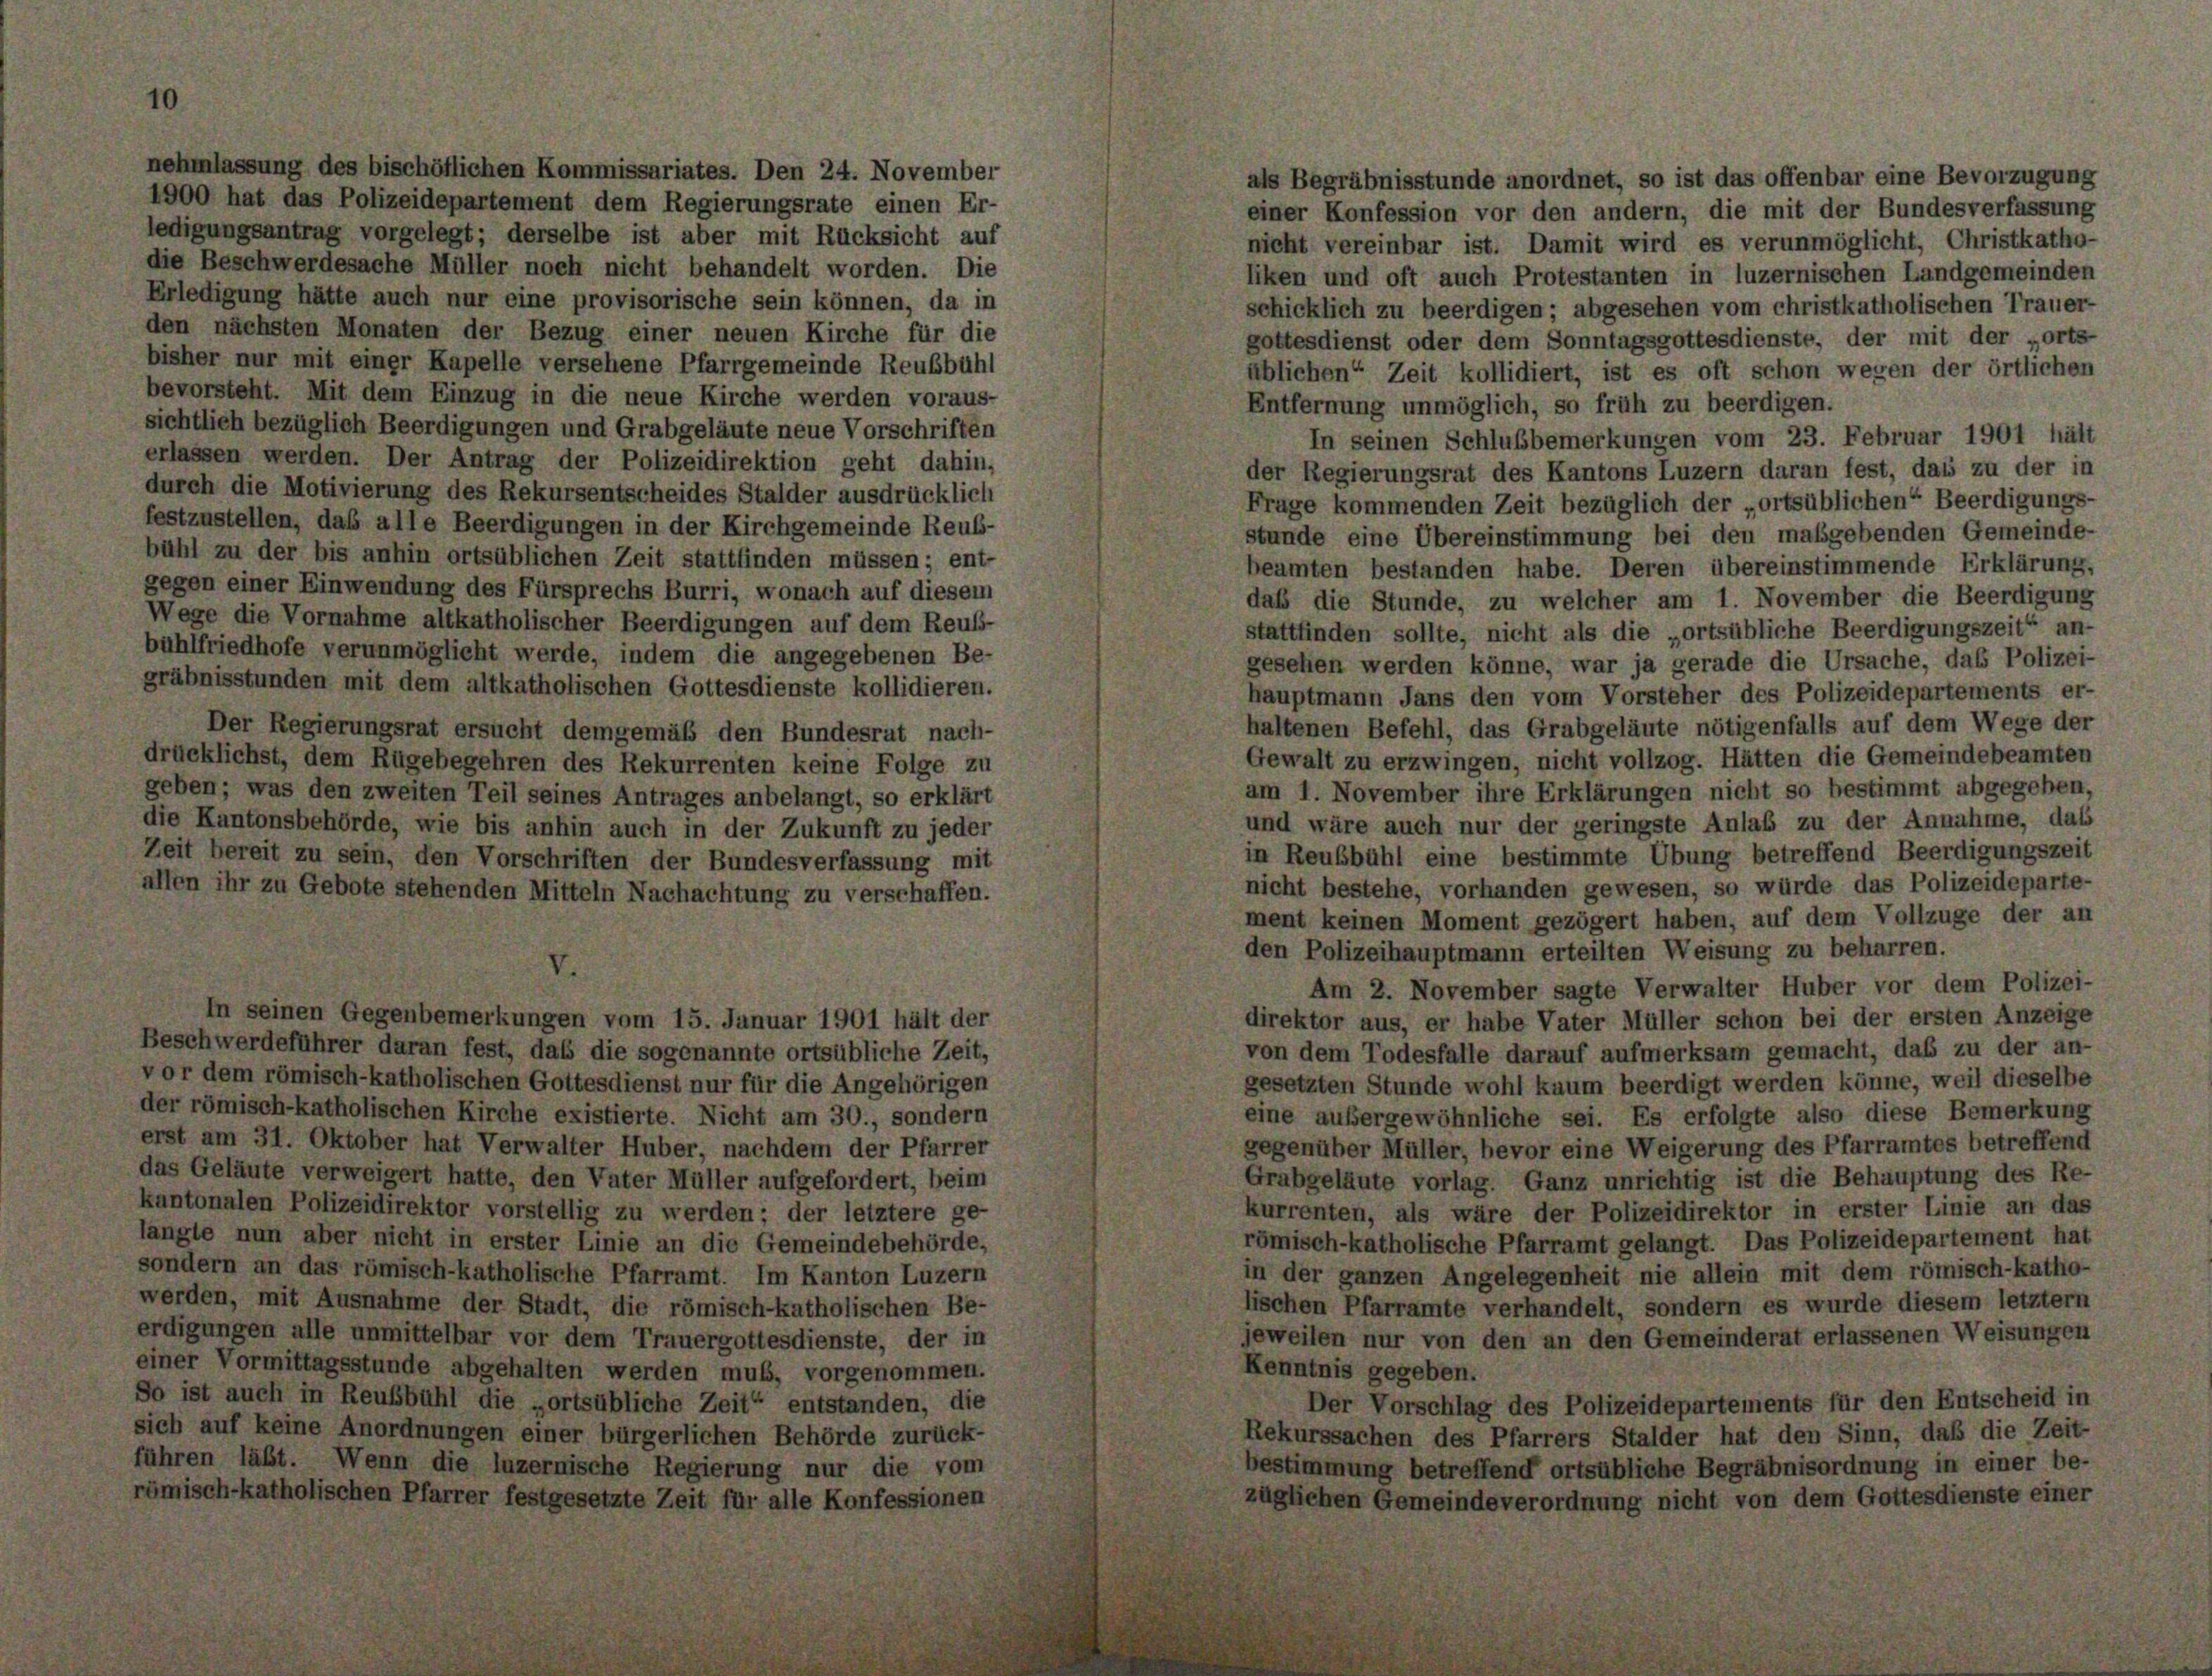
nehmlassung des bischöflichen Kommissariates. Den 24. November
als Begräbnisstunde anordnet, so ist das offenbar eine Bevorzugung
1900 hat das Polizeidepartement dem Regierungsrate einen Er-
einer Konfession vor den andern, die mit der Bundesverfassung
ledigungsantrag vorgelegt; derselbe ist aber mit Rücksicht auf
nicht vereinbar ist. Damit wird es verunmöglicht, Christkatho-
die Beschwerdesache Müller noch nicht behandelt worden. Die
liken und oft auch Protestanten in luzernischen Landgemeinden
Erledigung hätte auch nur eine provisorische sein können, da in
schicklich zu beerdigen; abgesehen vom christkatholischen Trauer-
den nächsten Monaten der Bezug einer neuen Kirche für die
gottesdienst oder dem Sonntagsgottesdienste, der mit der „orts-
bisher nur mit einer Kapelle versehene Pfarrgemeinde Reubbühl
üblichen Zeit kollidiert, ist es oft schon wegen der örtlichen
bevorsteht. Mit dem Einzug in die neue Kirche werden voraus-
Entfernung unmöglich, so früh zu beerdigen.
sichtlich bezüglich Beerdigungen und Grabgeläute neue Vorschriften
In seinen Schlußbemerkungen vom 23. Februar 1901 hält
erlassen werden. Der Antrag der Polizeidirektion geht dahin,
der Regierungsrat des Kantons Luzern daran fest, dass zu der in
durch die Motivierung des Rekursentscheides Stalder ausdrücklich
Frage kommenden Zeit bezüglich der „ortsüblichen“ Beerdigungs-
festzustellen, das alle Beerdigungen in der Kirchgemeinde Reub-
stunde eine Übereinstimmung bei den maßgebenden Gemeinde-
bühl zu der bis anhin ortsüblichen Zeit stattfinden müssen; ent-
beamten bestanden habe. Deren übereinstimmende Erklärung,
gegen einer Einwendung des Fürsprechs Burri, wonach auf diesem
daß die Stunde, zu welcher am 1. November die Beerdigung
Wege die Vornahme altkatholischer Beerdigungen auf dem Reub-
stattfinden sollte, nicht als die „ortsübliche Beerdigungszeit“ an-
bühlfriedhofe verunmöglicht werde, indem die angegebenen Be-
gesehen werden könne, war ja gerade die Ursache, das Polizei-
gräbnisstunden mit dem altkatholischen Gottesdienste kollidieren.
hauptmann Jans den vom Vorsteher des Polizeidepartements er-
haltenen Befehl, das Grabgeläute nötigenfalls auf dem Wege der
Der Regierungsrat ersucht demgemäß den Bundesrat nach-
Gewalt zu erzwingen, nicht vollzog. Hätten die Gemeindebeamten
drücklichst, dem Rügebegehren des Rekurrenten keine Folge zu
am 1. November ihre Erklärungen nicht so bestimmt abgegeben,
geben; was den zweiten Teil seines Antrages anbelangt, so erklärt
und wäre auch nur der geringste Anlaß zu der Annahme, daß
die Kantonsbehörde, wie bis anhin auch in der Zukunft zu jeder
in Reubbühl eine bestimmte Übung betreffend Beerdigungszeit
Zeit bereit zu sein, den Vorschriften der Bundesverfassung mit
nicht bestehe, vorhanden gewesen, so würde das Polizeideparte-
allen ihr zu Gebote stehenden Mitteln Nachachtung zu verschaffen.
ment keinen Moment gezögert haben, auf dem Vollzüge der an
den Polizeihauptmann erteilten Weisung zu beharren.
Am 2. November sagte Verwalter Huber vor dem Polizei-
In seinen Gegenbemerkungen vom 15. Januar 1901 hält der
direktor aus, er habe Vater Müller schon bei der ersten Anzeige
Beschwerdeführer daran fest, das die sogenannte ortsübliche Zeit,
von dem Todesfalle darauf aufmerksam gemacht, daß zu der an-
vor dem römisch-katholischen Gottesdienst nur für die Angehörigen
gesetzten Stunde wohl kaum beerdigt werden könne, weil dieselbe
der römisch-katholischen Kirche existierte. Nicht am 30., sondern
eine außergewöhnliche sei. Es erfolgte also diese Bemerkung
erst am 31. Oktober hat Verwalter Huber, nachdem der Pfarrer
gegenüber Müller, bevor eine Weigerung des Pfarramtes betreffend
das Geläute verweigert hatte, den Vater Müller aufgefordert, beim
Grabgeläute vorlag. Ganz unrichtig ist die Behauptung des Re-
kantonalen Polizeidirektor vorstellig zu werden; der letztere ge-
kurrenten, als wäre der Polizeidirektor in erster Linie an das
langte nun aber nicht in erster Linie an die Gemeindebehörde,
römisch-katholische Pfarramt gelangt. Das Polizeidepartement hat
sondern an das römisch-katholische Pfarramt. Im Kanton Luzern
in der ganzen Angelegenheit nie allein mit dem römisch-katho-
werden, mit Ausnahme der Stadt, die römisch-katholischen Be-
lischen Pfarramte verhandelt, sondern es wurde diesem letztem
erdigungen alle unmittelbar vor dem Trauergottesdienste, der in
jeweilen nur von den an den Gemeinderat erlassenen Weisungen
einer Vormittagsstunde abgehalten werden muß, vorgenommen.
Kenntnis gegeben.
So ist auch in Reußbühl die „ortsübliche Zeit“ entstanden, die
Der Vorschlag des Polizeidepartements für den Entscheid in
sich auf keine Anordnungen einer bürgerlichen Behörde zurück-
Rekurssachen des Pfarrers Stalder hat den Sinn, daß die Zeit-
führen läßt. Wenn die luzernische Regierung nur die vom
bestimmung betreffend ortsübliche Begräbnisordnung in einer be-
römisch-katholischen Pfarrer festgesetzte Zeit für alle Konfessionen
züglichen Gemeindeverordnung nicht von dem Gottesdienste einer